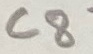
Text: C8